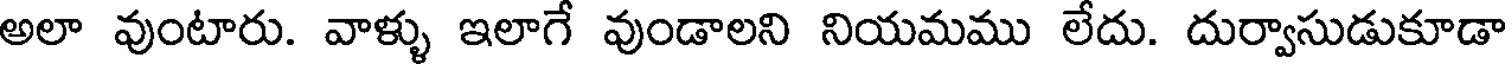
అలా వుంటారు. వాళ్ళు ఇలాగే వుండాలని నియమము లేదు. దుర్వాసుడుకూడా